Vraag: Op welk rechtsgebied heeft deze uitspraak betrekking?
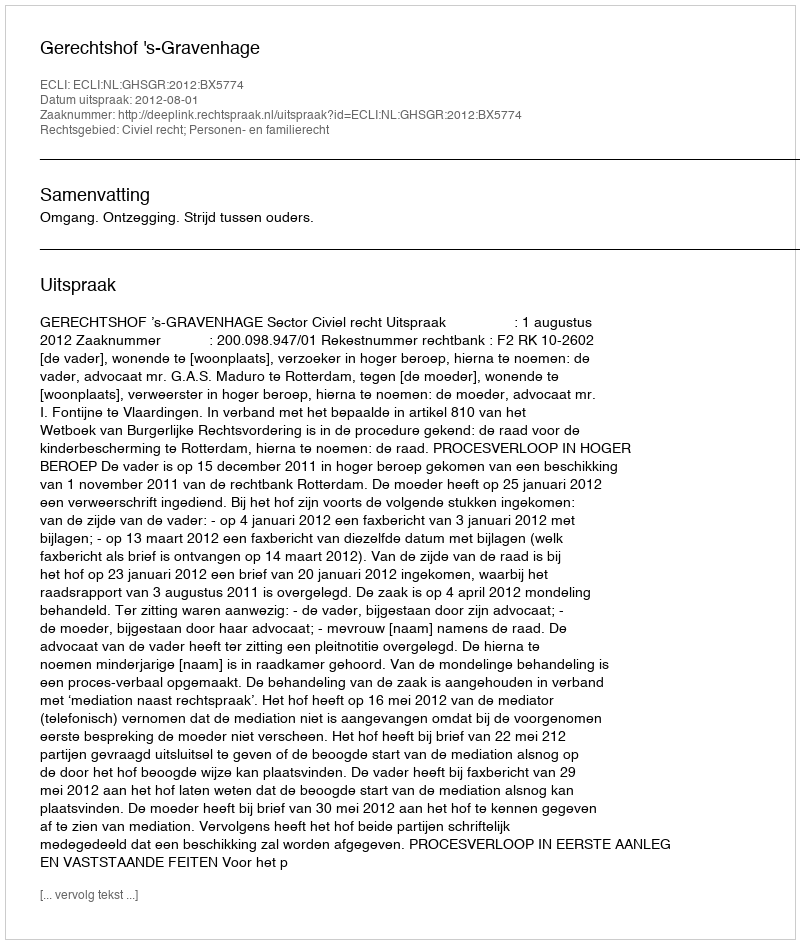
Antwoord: Civiel recht; Personen- en familierecht